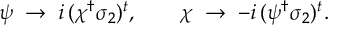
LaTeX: \psi \; \to \; i \, ( \chi ^ { \dagger } \sigma _ { 2 } ) ^ { t } , \qquad \chi \; \to \; - i \, ( \psi ^ { \dagger } \sigma _ { 2 } ) ^ { t } .